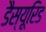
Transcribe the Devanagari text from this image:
डैस्यूरिड